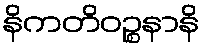
နိကတိဝဉ္စနာနိ